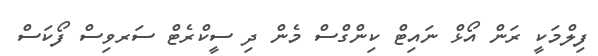
ފިލްމަކީ ރަން އޯޅް ނައިޓް ކިންގްސް މެން ދި ސީކްރެޓް ސަރވިސް ފޯކަސް